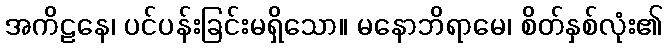
အကိဠနေ၊ ပင်ပန်းခြင်းမရှိသော။ မနောဘိရာမေ၊ စိတ်နှစ်လုံး၏